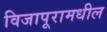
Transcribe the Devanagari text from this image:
विजापूरामधील